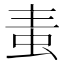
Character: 𧉶